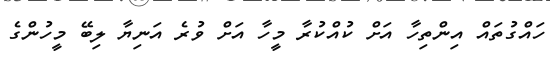
ހައްގުތައް އިންތިހާ އަށް ކުއްކުރާ މީހާ އަށް ވުރެ އަނިޔާ ލިބޭ މީހުންގެ